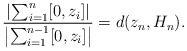
\begin{align*}\frac{\left|\sum_{i=1}^n[0,z_i]\right|}{\left|\sum_{i=1}^{n-1}[0,z_i]\right|}=d(z_n,H_n).\end{align*}